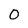
Character: 0